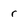
Character: r